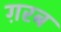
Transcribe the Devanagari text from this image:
ग़रब